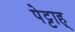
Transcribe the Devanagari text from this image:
पेट्टाह्